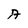
Character: A